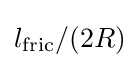
l_{\text{fric}}/(2R)